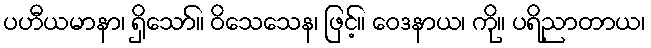
ပဟီယမာနာ၊ ရှိသော်။ ဝိသေသေန၊ ဖြင့်။ ဝေဒနာယ၊ ကို။ ပရိညာတာယ၊